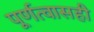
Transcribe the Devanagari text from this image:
पूर्णत्वासही